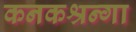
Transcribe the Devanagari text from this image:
कनकश्रन्गा